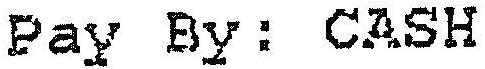
PAY BY : CASH